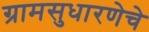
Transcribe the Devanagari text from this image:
ग्रामसुधारणेचे